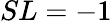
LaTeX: SL=-1